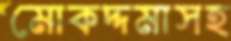
মোকদ্দমাসহ